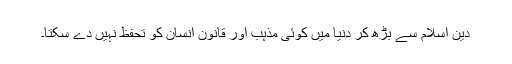
دین اسلام سے بڑھ کر دنیا میں کوئی مذہب اور قانون انسان کو تحفظ نہیں دے سکتا۔